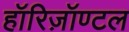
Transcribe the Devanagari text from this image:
हॉरिज़ॉण्टल